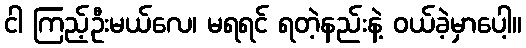
ငါ ကြည့်ဦးမယ်လေ၊ မရရင် ရတဲ့နည်းနဲ့ ဝယ်ခဲ့မှာပေါ့။